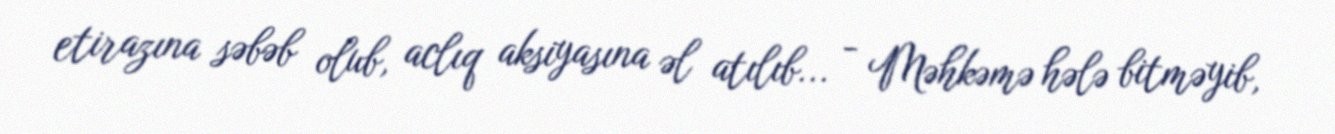
etirazına səbəb olub, aclıq aksiyasına əl atılıb... - Məhkəmə hələ bitməyib,